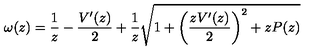
\omega ( z ) = \frac { 1 } { z } - \frac { V ^ { \prime } ( z ) } { 2 } + \frac { 1 } { z } \sqrt { 1 + \left( \frac { z V ^ { \prime } ( z ) } { 2 } \right) ^ { 2 } + z P ( z ) }